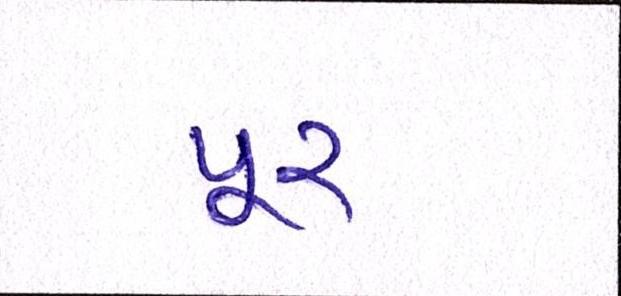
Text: પૂર